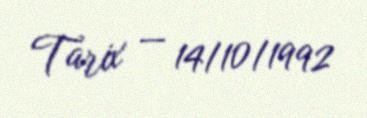
Tarix — 14/10/1992